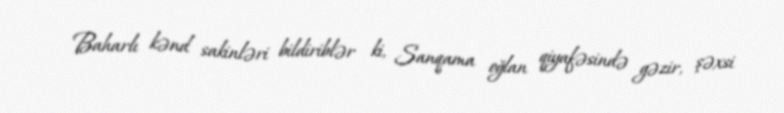
Baharlı kənd sakinləri bildiriblər ki, Sanqama oğlan qiyafəsində gəzir, şəxsi